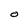
Character: o